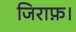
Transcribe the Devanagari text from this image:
जिराफ़।